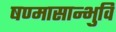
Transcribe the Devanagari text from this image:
षण्मासान्भुवि